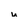
Character: u